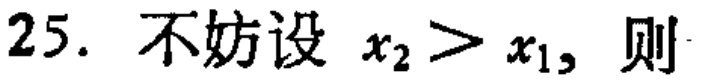
25. 不妨设 \(x_{2}>x_{1}\)，则